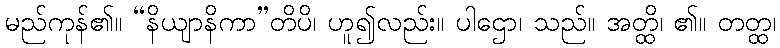
မည်ကုန်၏။ “နိယျာနိကာ”တိပိ၊ ဟူ၍လည်း။ ပါဌော၊ သည်။ အတ္ထိ၊ ၏။ တတ္ထ၊